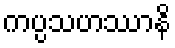
ကပ္ပသဟဿာနိ